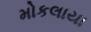
મોકલાયા